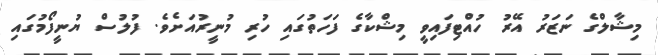
މިޝާލްގެ ނަޒަރު އޭރު ހުއްޓިފައިވީ މިޝްކާގެ ފަހަތުގައި ހުރި މުނީރުއަށެވެ. ފުލުސް ޔުނީފޯމުގައި